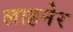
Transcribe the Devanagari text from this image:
लाहनेर